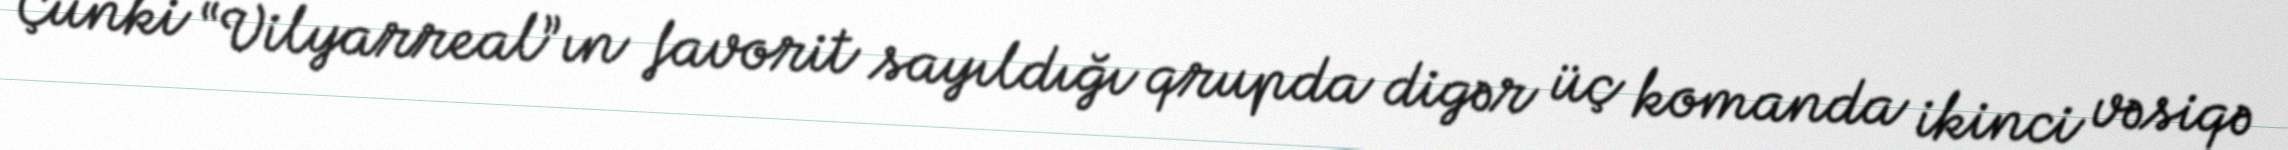
Çünki “Vilyarreal”ın favorit sayıldığı qrupda digər üç komanda ikinci vəsiqə